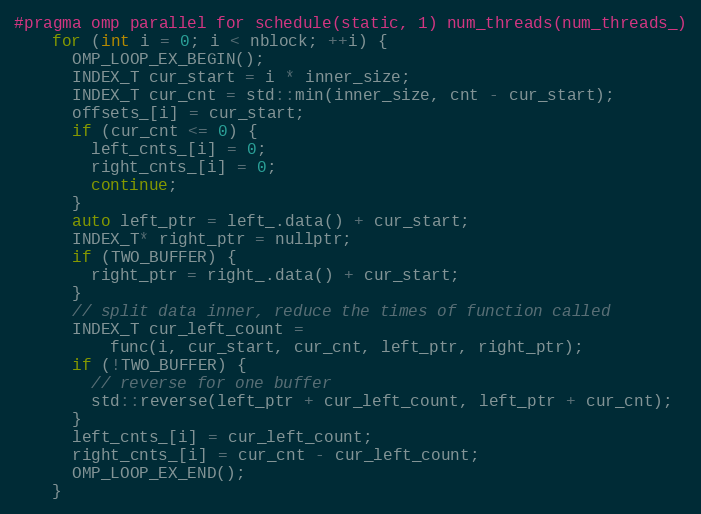
Language: C
#pragma omp parallel for schedule(static, 1) num_threads(num_threads_)
    for (int i = 0; i < nblock; ++i) {
      OMP_LOOP_EX_BEGIN();
      INDEX_T cur_start = i * inner_size;
      INDEX_T cur_cnt = std::min(inner_size, cnt - cur_start);
      offsets_[i] = cur_start;
      if (cur_cnt <= 0) {
        left_cnts_[i] = 0;
        right_cnts_[i] = 0;
        continue;
      }
      auto left_ptr = left_.data() + cur_start;
      INDEX_T* right_ptr = nullptr;
      if (TWO_BUFFER) {
        right_ptr = right_.data() + cur_start;
      }
      // split data inner, reduce the times of function called
      INDEX_T cur_left_count =
          func(i, cur_start, cur_cnt, left_ptr, right_ptr);
      if (!TWO_BUFFER) {
        // reverse for one buffer
        std::reverse(left_ptr + cur_left_count, left_ptr + cur_cnt);
      }
      left_cnts_[i] = cur_left_count;
      right_cnts_[i] = cur_cnt - cur_left_count;
      OMP_LOOP_EX_END();
    }